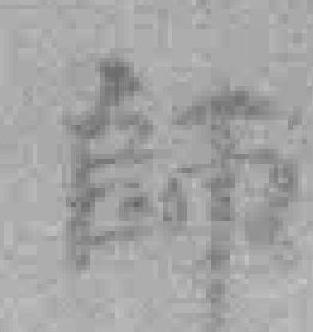
師